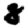
Digit: 8